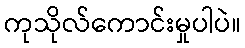
ကုသိုလ်ကောင်းမှုပါပဲ။